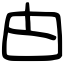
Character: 甴